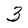
Character: 3